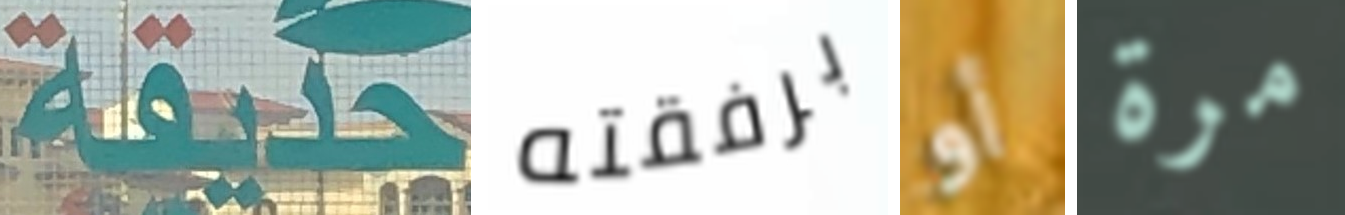
حديقة برفقته أو مرة